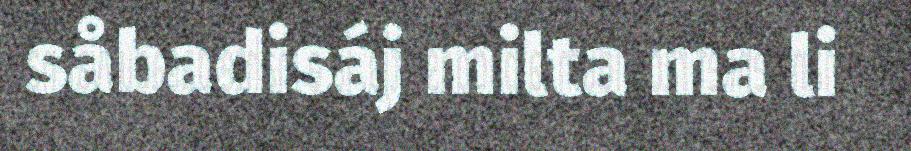
såbadisáj milta ma li